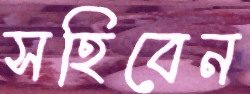
সহিবেন